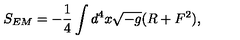
S _ { E M } = - { \frac { 1 } { 4 } } \int d ^ { 4 } x \sqrt { - g } ( R + F ^ { 2 } ) ,